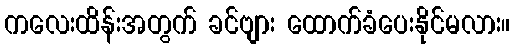
ကလေးထိန်းအတွက် ခင်ဗျား ထောက်ခံပေးနိုင်မလား။